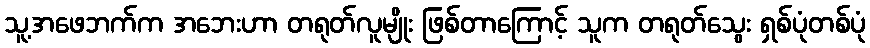
သူ့အဖေဘက်က အဘေးဟာ တရုတ်လူမျိုး ဖြစ်တာကြောင့် သူက တရုတ်သွေး ရှစ်ပုံတစ်ပုံ